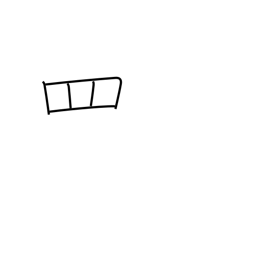
Meaning: net radical variant (no. 122)